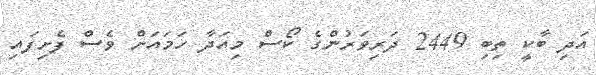
އަދި ބާކީ ތިބި 2449 ދަރިވަރުންގެ ކޯސް މިއަދާ ހަމައަށް ވެސް ފެށިފައި